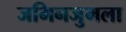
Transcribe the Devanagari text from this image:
जमिनजुमला